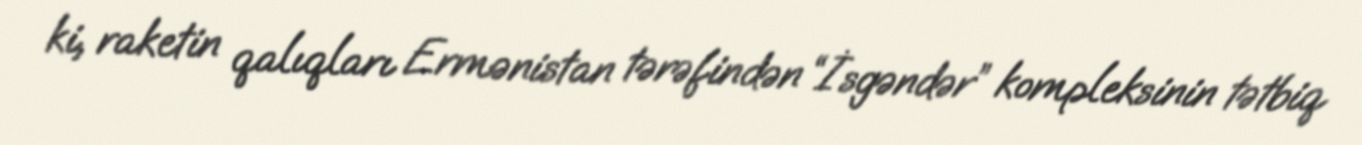
ki, raketin qalıqları Ermənistan tərəfindən “İsgəndər” kompleksinin tətbiq